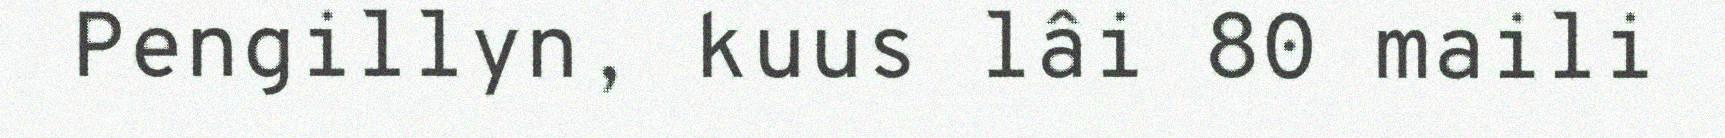
Pengillyn, kuus lâi 80 maili